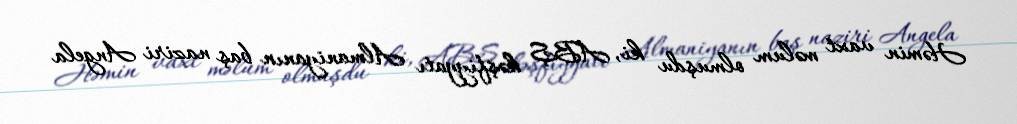
Həmin vaxt məlum olmuşdu ki, ABŞ kəşfiyyatı Almaniyanın baş naziri Angela